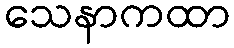
သေနာကထာ